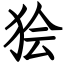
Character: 狯